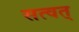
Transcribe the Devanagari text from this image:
सत्वत्